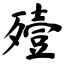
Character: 殪